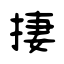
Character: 捿